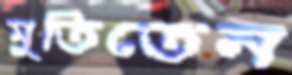
মুতিতেন